65_HS1-834228961_62-HQ-83894_Section_5
Agency: FBI
Page 17
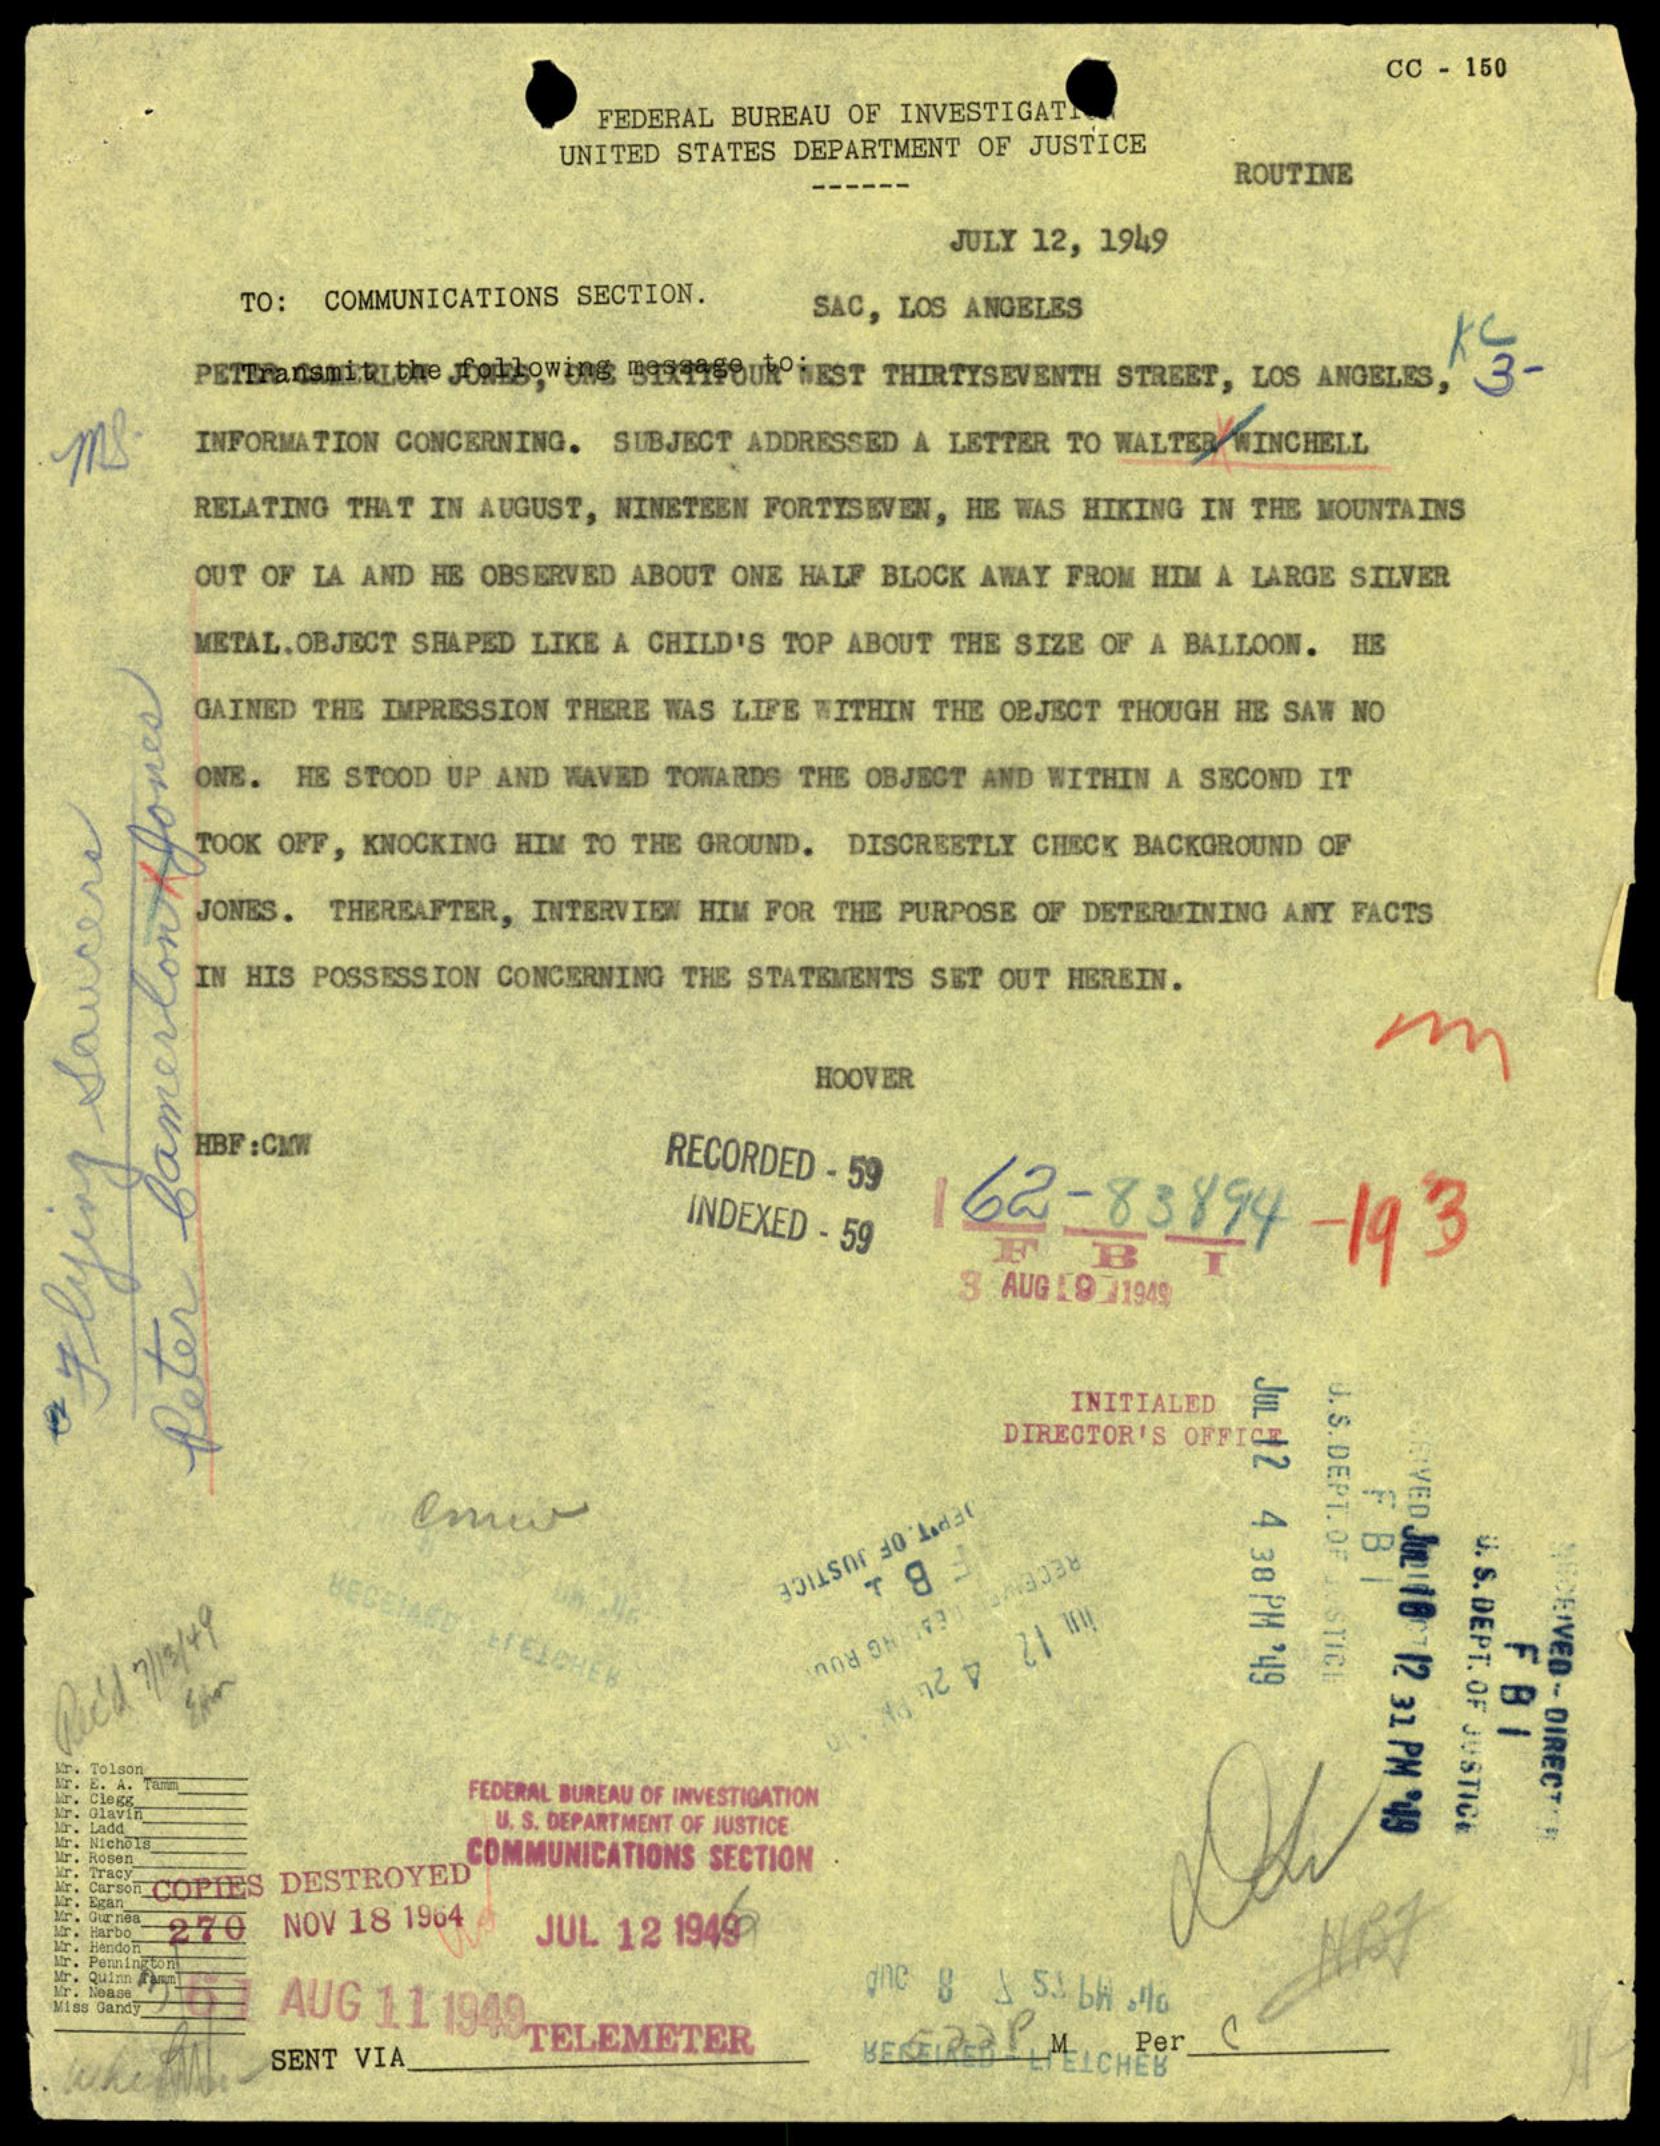